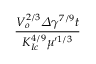
\frac { V _ { o } ^ { 2 / 3 } \varDelta \gamma ^ { 7 / 9 } t } { K _ { I c } ^ { 4 / 9 } \mu ^ { \prime 1 / 3 } }